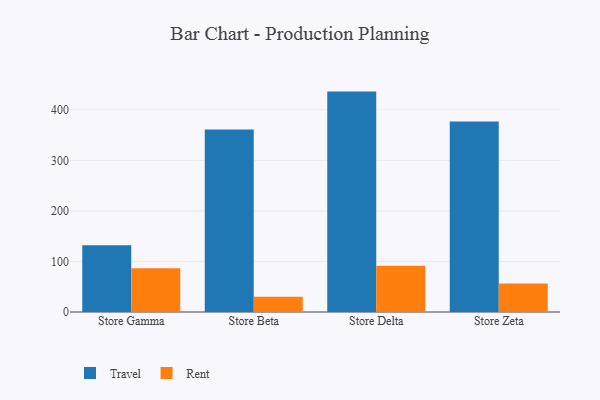
{"axis": {"x": "Store", "y": "Active Users"}, "legend": ["Rent", "Travel"], "data": [{"x": "Store Gamma", "y": 131.8, "type": "Travel"}, {"x": "Store Gamma", "y": 86.3, "type": "Rent"}, {"x": "Store Beta", "y": 360.9, "type": "Travel"}, {"x": "Store Beta", "y": 30.3, "type": "Rent"}, {"x": "Store Delta", "y": 436.0, "type": "Travel"}, {"x": "Store Delta", "y": 91.7, "type": "Rent"}, {"x": "Store Zeta", "y": 376.8, "type": "Travel"}, {"x": "Store Zeta", "y": 56.4, "type": "Rent"}]}